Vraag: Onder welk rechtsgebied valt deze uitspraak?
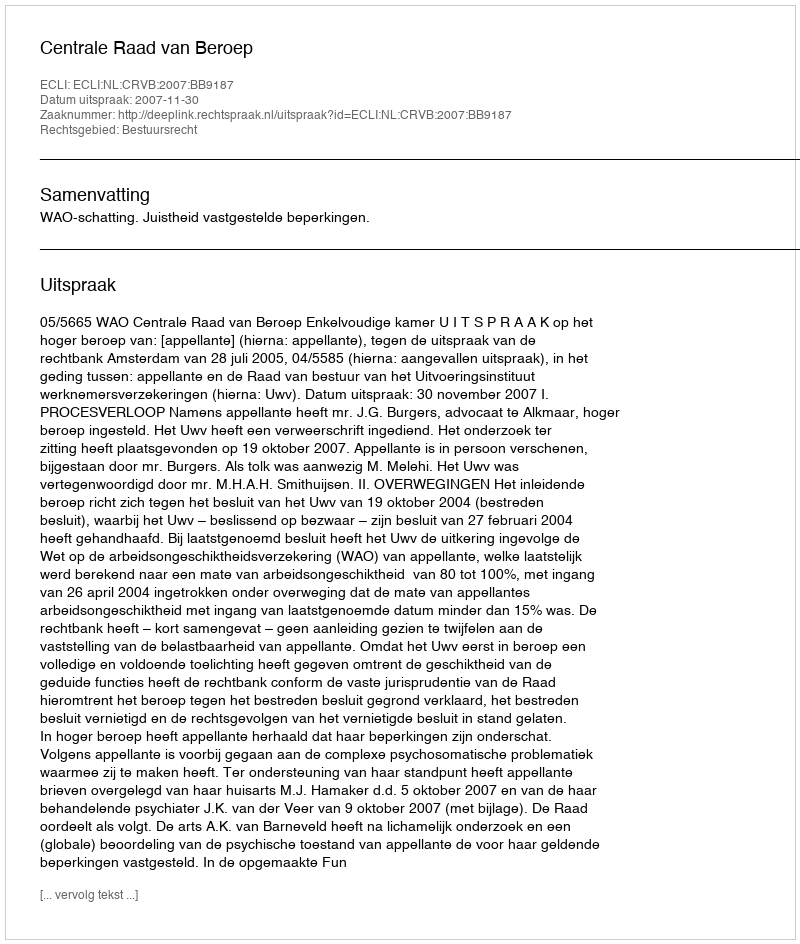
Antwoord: Bestuursrecht